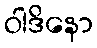
ဝါဒိနော